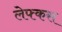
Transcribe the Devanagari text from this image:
लेफ्कस